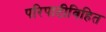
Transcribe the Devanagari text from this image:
परिपाटीविहित